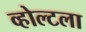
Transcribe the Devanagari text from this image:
व्होल्टला